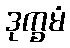
ဒုက္ခမံ